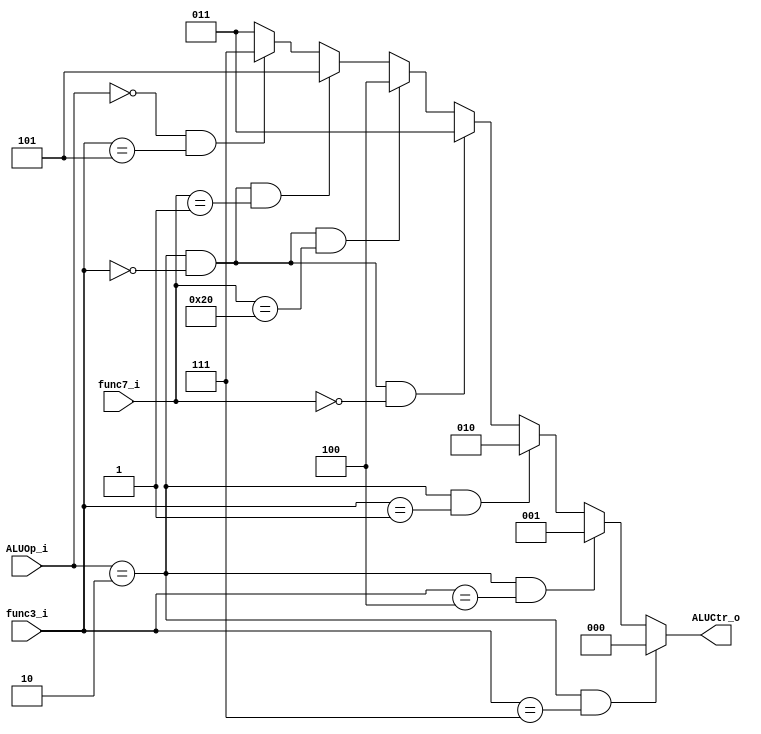
module ALU_Control(
    ALUOp_i,
    func3_i,
    func7_i,
    ALUCtr_o
);

input [1:0] ALUOp_i;
input [2:0] func3_i;
input [6:0] func7_i;
output [2:0] ALUCtr_o;

// define ALUCtr:
// and : 000
// xor : 001
// sll : 010
// add : 011
// sub : 100
// mul : 101
// addi : 011
// srai : 111
// lw : 011
// sw : 011
// beq : 011

assign ALUCtr_o = (ALUOp_i == 2'b10 && func3_i == 3'b111) ? 3'b000 : //and 
                  (ALUOp_i == 2'b10 && func3_i == 3'b100) ? 3'b001 : //xor
                  (ALUOp_i == 2'b10 && func3_i == 3'b001) ? 3'b010 : //sll
                  (ALUOp_i == 2'b10 && func3_i == 3'b000 && func7_i == 7'b0000000) ? 3'b011 : //add
                  (ALUOp_i == 2'b10 && func3_i == 3'b000 && func7_i == 7'b0100000) ? 3'b100 : //sub
                  (ALUOp_i == 2'b10 && func3_i == 3'b000 && func7_i == 7'b0000001) ? 3'b101 : //mul
                  (ALUOp_i == 2'b00 && func3_i == 3'b101) ? 3'b111 : 3'b011; //srai & others add

endmodule